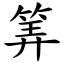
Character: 筭